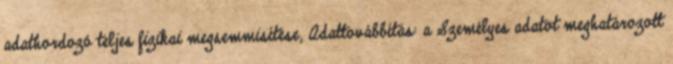
adathordozó teljes fizikai megsemmisítése; Adattovábbítás: a Személyes adatot meghatározott